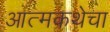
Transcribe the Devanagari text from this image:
आत्मकथेचा